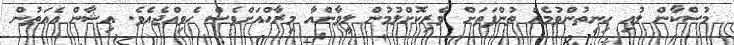
މުސްކާން ލުއި ހިނިތުންވުމެއް ތުންފަތަށް ވެރިކޮށްލުމުން ލީވާންއާ މިރާހްއަށްވެސް ހެވިއްޖެއެވެ. އިޝާން އެއަތުން